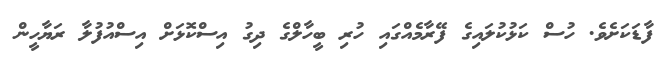
ފާޑަކަށެވެ. ހުސް ކަޅުކުލައިގެ ފޭރާމެއްގައި ހުރި ބީހާލްގެ ދިގު އިސްކޮޅަށް އިސްއުފުލާ ރަޔާހީން